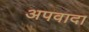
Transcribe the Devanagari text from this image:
अपवादा